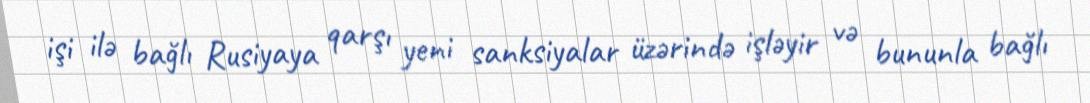
işi ilə bağlı Rusiyaya qarşı yeni sanksiyalar üzərində işləyir və bununla bağlı